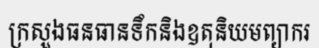
ក្រសួងធនធានទឹកនិងឧតុនិយមព្យាករ